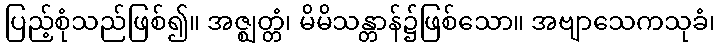
ပြည့်စုံသည်ဖြစ်၍။ အဇ္ဈတ္တံ၊ မိမိသန္တာန်၌ဖြစ်သော။ အဗျာသေကသုခံ၊